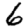
Digit: 6